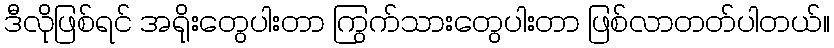
ဒီလိုဖြစ်ရင် အရိုးတွေပါးတာ ကြွက်သားတွေပါးတာ ဖြစ်လာတတ်ပါတယ်။